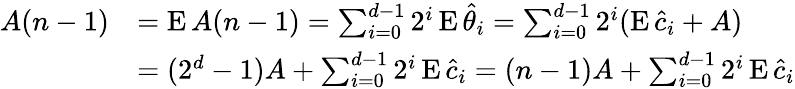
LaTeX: \begin{array}{rl}{A(n-1)}&{=\operatorname{E}A(n-1)=\sum_{i=0}^{d-1}2^{i}\operatorname{E}\hat{\theta}_{i}=\sum_{i=0}^{d-1}2^{i}(\operatorname{E}\hat{c}_{i}+A)}\\ &{=(2^{d}-1)A+\sum_{i=0}^{d-1}2^{i}\operatorname{E}\hat{c}_{i}=(n-1)A+\sum_{i=0}^{d-1}2^{i}\operatorname{E}\hat{c}_{i}}\end{array}